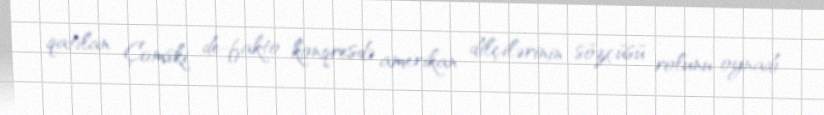
qatılan Çomski, de-fakto konqresdə amerikan dilçilərinin sözçüsü rolunu oynadı.